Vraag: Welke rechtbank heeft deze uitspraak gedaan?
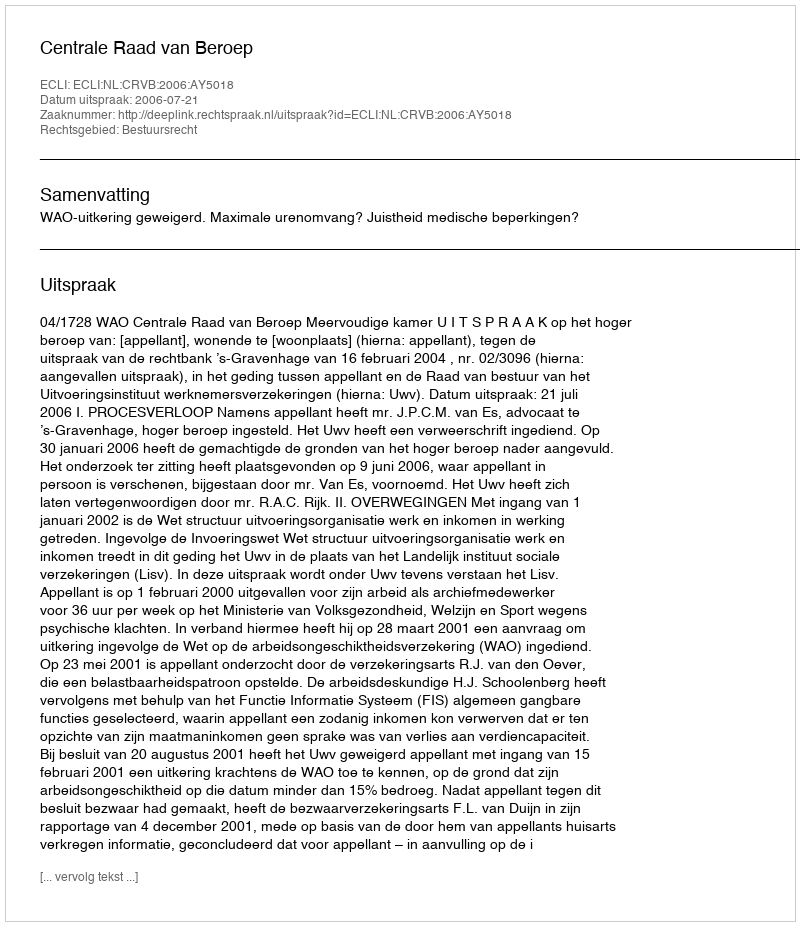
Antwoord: Centrale Raad van Beroep